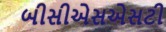
બીસીએસએસટી